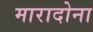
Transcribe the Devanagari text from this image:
मारादोना